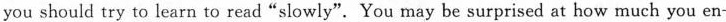
you should try to learn to read"slowly". You may be surprised at how much you en—